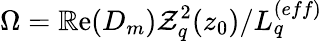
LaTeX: \Omega=\operatorname{\mathbb{R}e}(D_{m})\mathcal{Z}_{q}^{2}(z_{0})/L_{q}^{(eff)}